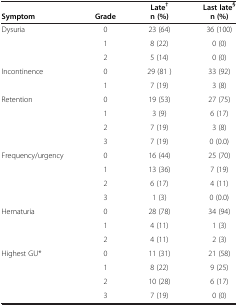
<table><thead><tr><td><b> </b></td><td><b> </b></td><td><b>Late<sup>†</sup></b></td><td><b>Last late<sup>§</sup></b></td></tr><tr><td><b>Symptom</b></td><td><b>Grade</b></td><td><b>n (%)</b></td><td><b>n (%)</b></td></tr></thead><tbody><tr><td>Dysuria</td><td>0</td><td>23 (64)</td><td>36 (100)</td></tr><tr><td> </td><td>1</td><td>8 (22)</td><td>0 (0)</td></tr><tr><td> </td><td>2</td><td>5 (14)</td><td>0 (0)</td></tr><tr><td>Incontinence</td><td>0</td><td>29 (81 )</td><td>33 (92)</td></tr><tr><td> </td><td>1</td><td>7 (19)</td><td>3 (8)</td></tr><tr><td>Retention</td><td>0</td><td>19 (53)</td><td>27 (75)</td></tr><tr><td> </td><td>1</td><td>3 (9)</td><td>6 (17)</td></tr><tr><td> </td><td>2</td><td>7 (19)</td><td>3 (8)</td></tr><tr><td> </td><td>3</td><td>7 (19)</td><td>0 (0.0)</td></tr><tr><td>Frequency/urgency</td><td>0</td><td>16 (44)</td><td>25 (70)</td></tr><tr><td> </td><td>1</td><td>13 (36)</td><td>7 (19)</td></tr><tr><td> </td><td>2</td><td>6 (17)</td><td>4 (11)</td></tr><tr><td> </td><td>3</td><td>1 (3)</td><td>0 (0.0)</td></tr><tr><td>Hematuria</td><td>0</td><td>28 (78)</td><td>34 (94)</td></tr><tr><td> </td><td>1</td><td>4 (11)</td><td>1 (3)</td></tr><tr><td> </td><td>2</td><td>4 (11)</td><td>2 (3)</td></tr><tr><td>Highest GU*</td><td>0</td><td>11 (31)</td><td>21 (58)</td></tr><tr><td> </td><td>1</td><td>8 (22)</td><td>9 (25)</td></tr><tr><td> </td><td>2</td><td>10 (28)</td><td>6 (17)</td></tr><tr><td> </td><td>3</td><td>7 (19)</td><td>0 (0)</td></tr></tbody></table>